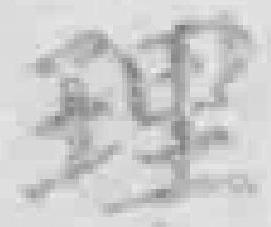
理